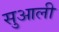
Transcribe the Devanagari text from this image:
सुआली